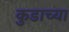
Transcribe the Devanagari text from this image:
कुडाच्या